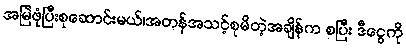
အမြဲဖုံပြီးစုဆောင်းမယ်၊အတန်အသင့်စုမိတဲ့အချိန်က စပြီး ဒီငွေကို